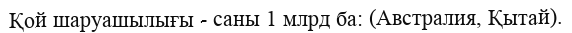
Қой шаруашылығы - саны 1 млрд ба: (Австралия, Қытай).